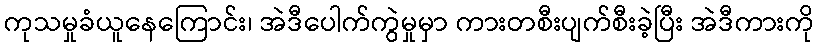
ကုသမှုခံယူနေကြောင်း၊ အဲဒီပေါက်ကွဲမှုမှာ ကားတစီးပျက်စီးခဲ့ပြီး အဲဒီကားကို